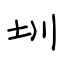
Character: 圳